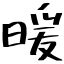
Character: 暖